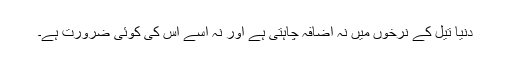
دنیا تیل کے نرخوں میں نہ اضافہ چاہتی ہے اور نہ اسے اس کی کوئی ضرورت ہے۔